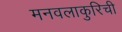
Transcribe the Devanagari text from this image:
मनवलाकुरिची